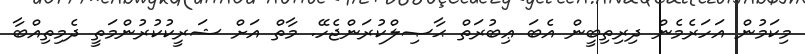
މިކަމުން އަހަރެމެން ދިރިތިބީން އެބަ ޢިބުރަތް ޙާޞިލްކުރަންޖެހޭ. މާތް އަށް ޝަރީކުކުރުންމަތީ ދެމިތިއްބާ